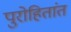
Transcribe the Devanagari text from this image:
पुरोहितांत